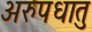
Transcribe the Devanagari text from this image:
अरुपधातु